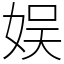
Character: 娱